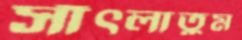
সাঁৎলাতুম